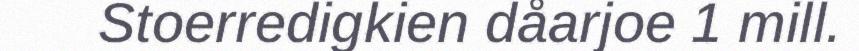
Stoerredigkien dåarjoe 1 mill.